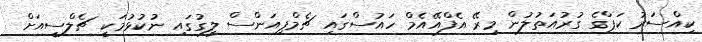
ކިއްސަރު ކަޕްގެ ގުރުއަތުލުން މިރޭ އެފްއޭއެމް ހައުސްގައި ޗެމްޕިއަންސް ލީގުގައި ނުކުޅުމަކީ ޗެލްސީއަށް